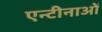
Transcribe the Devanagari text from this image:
एन्टीनाओं